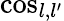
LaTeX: \cos_{l,l^{\prime}}